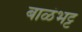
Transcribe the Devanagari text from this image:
बाळंभट्ट